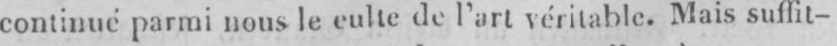
continué parmi nous le culte de l’art véritable. Mais suffit-